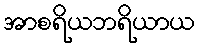
အာစရိယဘရိယာယ